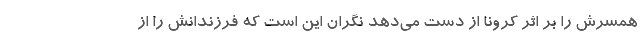
همسرش را بر اثر کرونا از دست می‌دهد نگران این است که فرزندانش را از